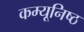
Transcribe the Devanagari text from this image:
कम्यूनिष्ठ